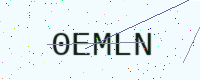
Text: 0EMLN